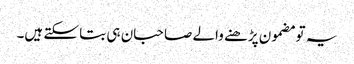
یہ تو مضمون پڑھنے والے صاحبان ہی بتا سکتے ہیں۔